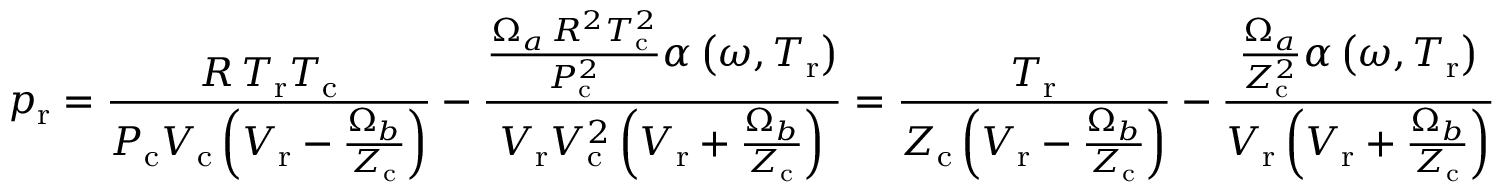
p _ { \mathrm { r } } = { \frac { R \, T _ { \mathrm { r } } T _ { \mathrm { c } } } { P _ { \mathrm { c } } V _ { \mathrm { c } } \left( V _ { \mathrm { r } } - { \frac { \Omega _ { b } } { Z _ { \mathrm { c } } } } \right) } } - { \frac { { \frac { \Omega _ { a } \, R ^ { 2 } T _ { \mathrm { c } } ^ { 2 } } { P _ { \mathrm { c } } ^ { 2 } } } \alpha \left( \omega , T _ { \mathrm { r } } \right) } { V _ { \mathrm { r } } V _ { \mathrm { c } } ^ { 2 } \left( V _ { \mathrm { r } } + { \frac { \Omega _ { b } } { Z _ { \mathrm { c } } } } \right) } } = { \frac { T _ { \mathrm { r } } } { Z _ { \mathrm { c } } \left( V _ { \mathrm { r } } - { \frac { \Omega _ { b } } { Z _ { \mathrm { c } } } } \right) } } - { \frac { { \frac { \Omega _ { a } } { Z _ { \mathrm { c } } ^ { 2 } } } \alpha \left( \omega , T _ { \mathrm { r } } \right) } { V _ { \mathrm { r } } \left( V _ { \mathrm { r } } + { \frac { \Omega _ { b } } { Z _ { \mathrm { c } } } } \right) } }